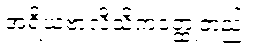
အရိယဗာလိသိကဝတ္ထုတည်း။